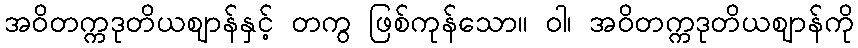
အဝိတက္ကဒုတိယဈာန်နှင့် တကွ ဖြစ်ကုန်သော။ ဝါ၊ အဝိတက္ကဒုတိယဈာန်ကို